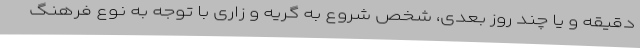
دقیقه و یا چند روز بعدی، شخص شروع به گریه و زاری با توجه به نوع فرهنگ